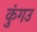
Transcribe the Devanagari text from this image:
कुंगउ